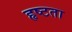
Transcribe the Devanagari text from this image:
हृष्टता